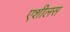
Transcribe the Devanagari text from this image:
एशीलस